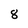
Character: 8